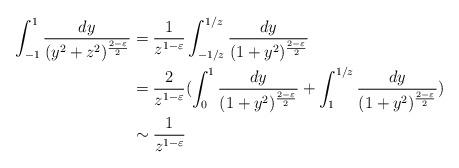
LaTeX: \begin{align*} \int_{-1}^1 \frac{dy}{(y^2+z^2)^{\frac{2-\varepsilon}{2}}} &=\frac{1}{z^{1-\varepsilon}} \int_{-1/z}^{1/z} \frac{dy}{(1+y^2)^{\frac{2-\varepsilon}{2}}}\\ &=\frac{2}{z^{1-\varepsilon}}( \int_0^1 \frac{dy}{(1+y^2)^{\frac{2-\varepsilon}{2}}}+ \int_1^{1/z} \frac{dy}{(1+y^2)^{\frac{2-\varepsilon}{2}}})\\ &\sim \frac{1}{z^{1-\varepsilon}} \end{align*}